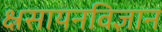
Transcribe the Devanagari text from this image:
क्ष्रसायनविज्ञान